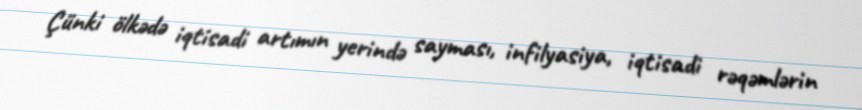
Çünki ölkədə iqtisadi artımın yerində sayması, infilyasiya, iqtisadi rəqəmlərin